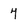
Character: 4